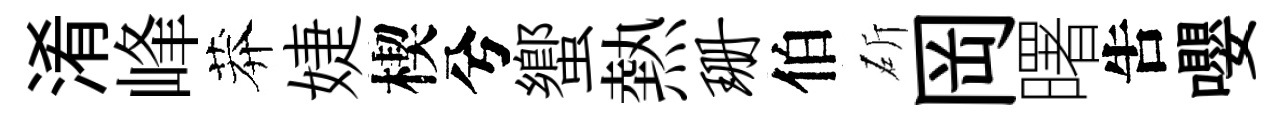
淆峰莽婕楔兮蠁熱珊伯斫岡曙吿嚶